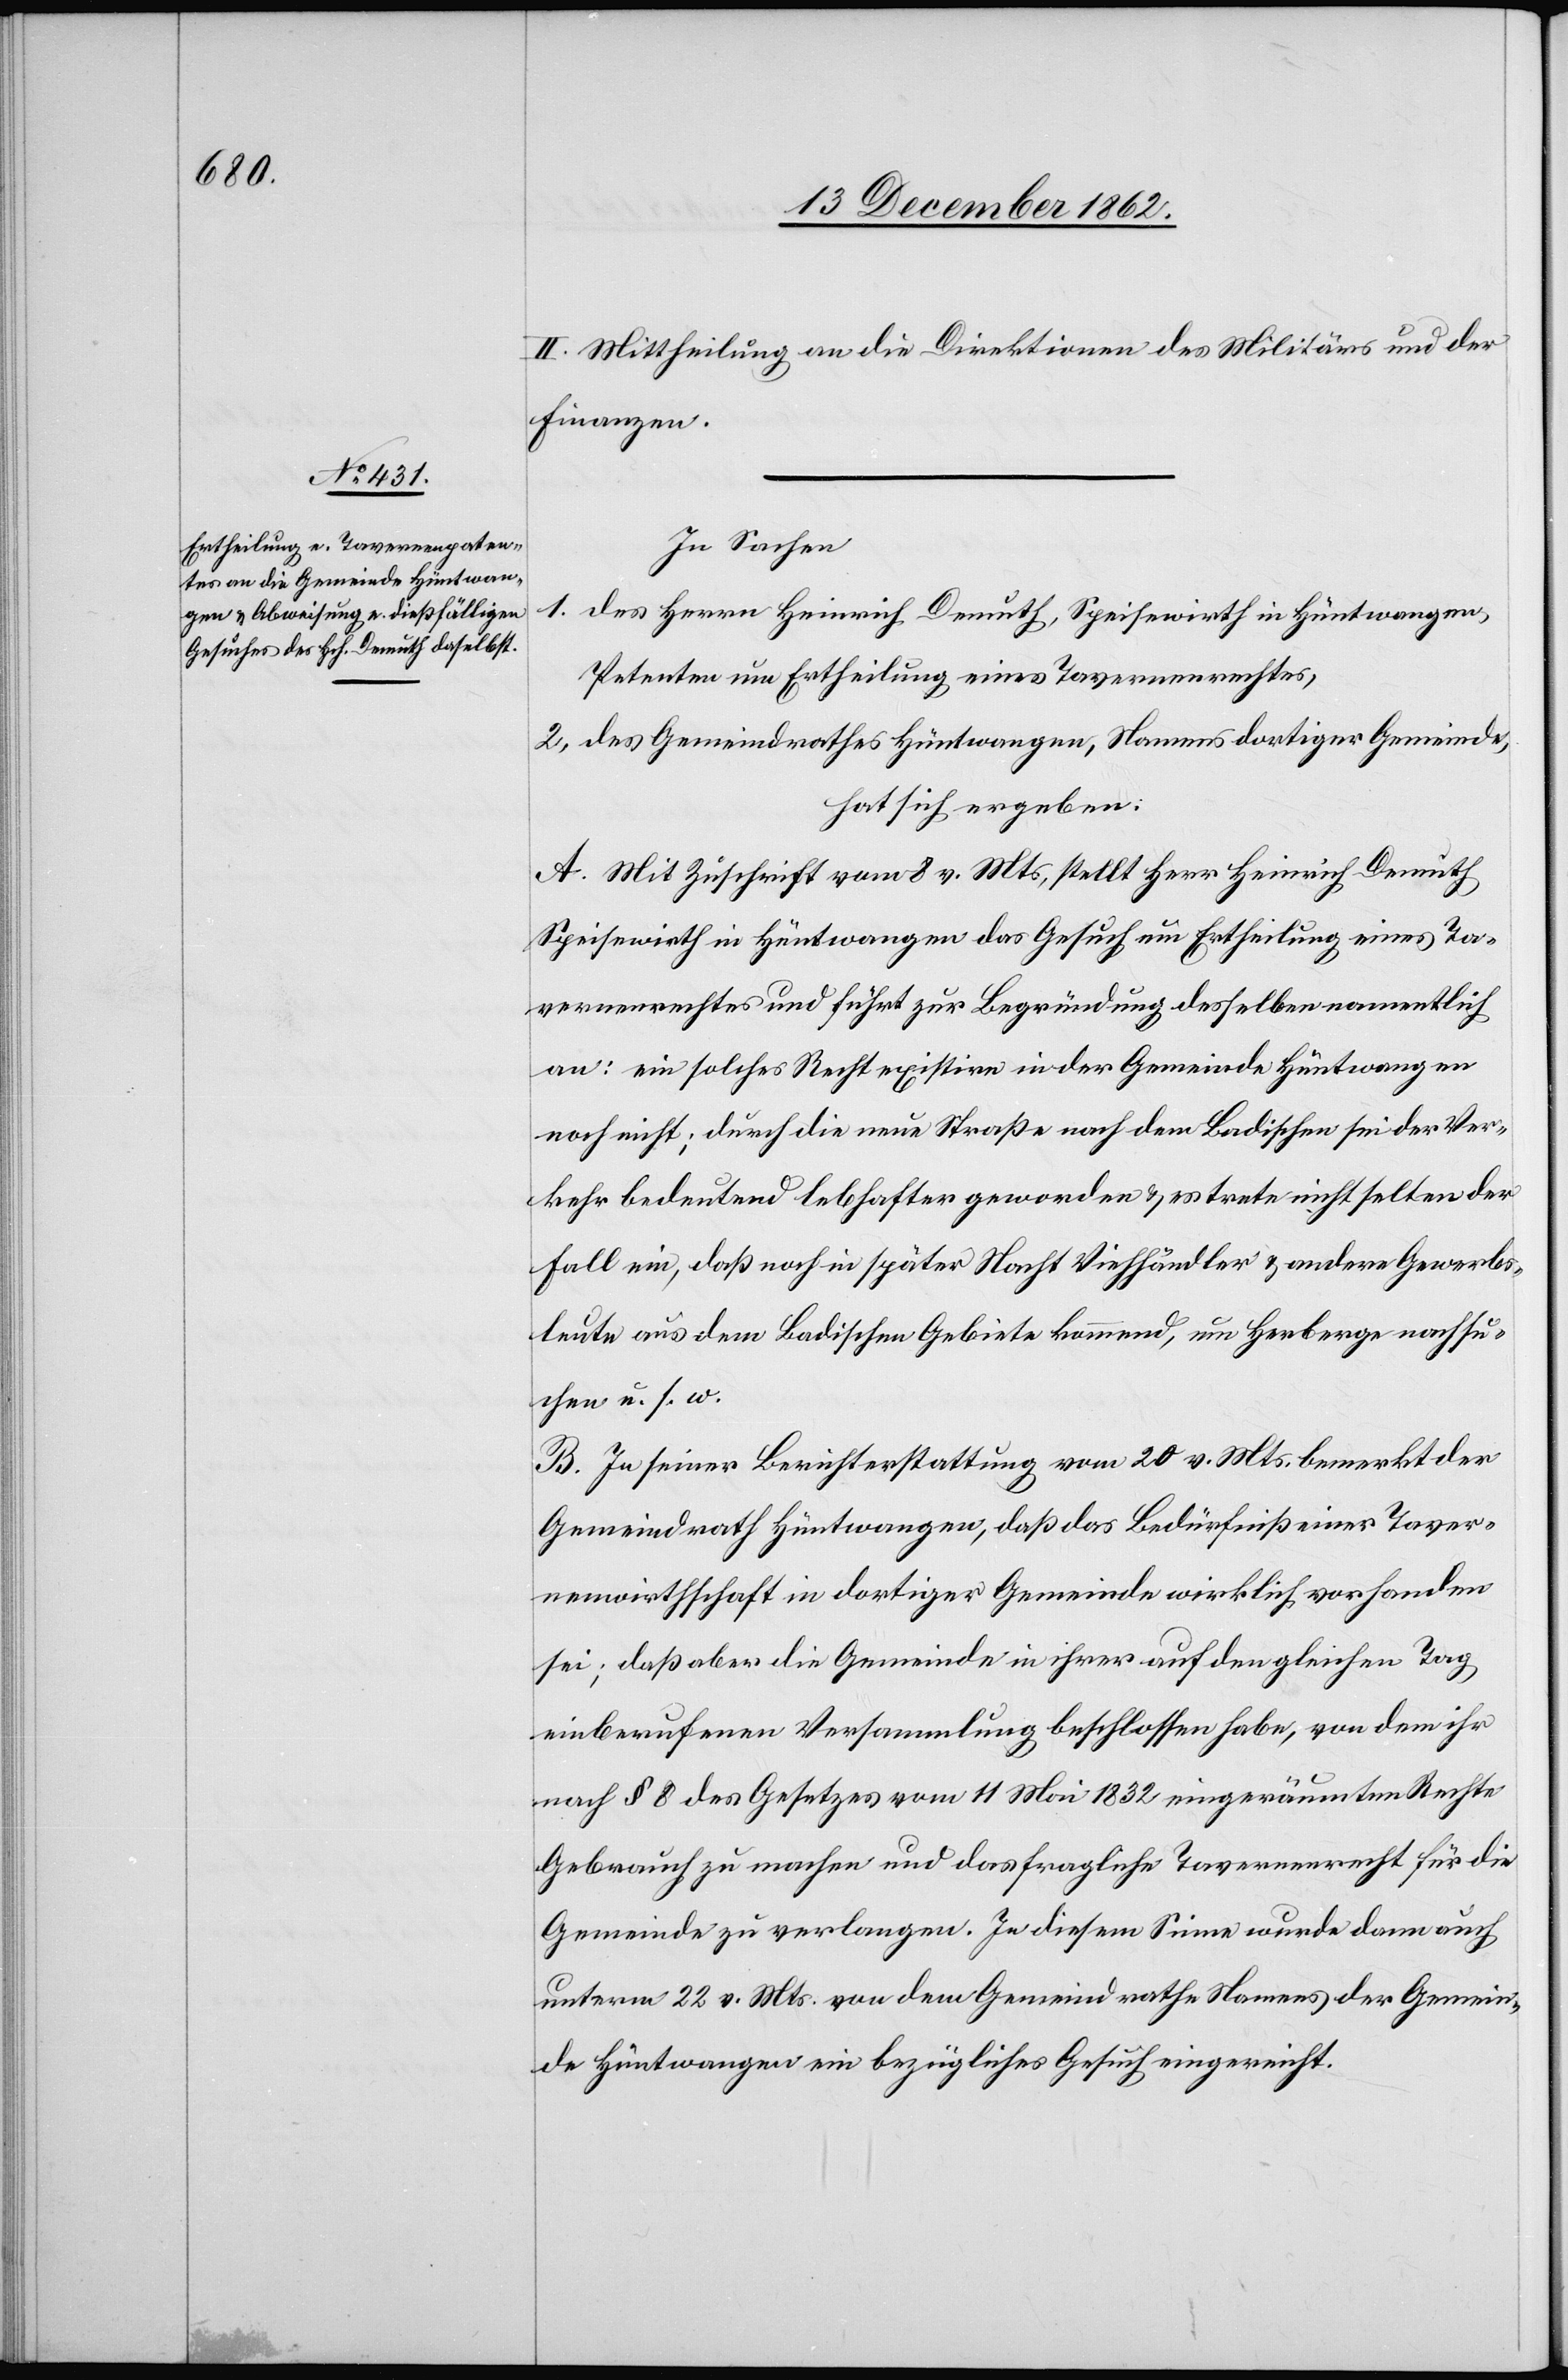
II. Mittheilung an die Direktion des Militärs und der
Finanzen.
In Sachen
1. des Herrn Heinrich Demuth, Speisewirth in Hüntwangen,
Petenten um Ertheilung eines Tavernenrechtes,
2. des Gemeindrathes Hüntwangen, Namens dortiger Gemeinde,
hat sich ergeben:
A. Mit Zuschrift vom 8. v. Mts, stellt Herr Heinrich Demuth
Speisewirth in Hüntwangen das Gesuch um Ertheilung eines Ta¬
vernenrechtes und führt zur Begründung desselben namentlich
an: ein solches Recht existire in der Gemeinde Hüntwangen
noch nicht; durch die neue Straße nach dem Badischen sei der Ver¬
kehr bedeutend lebhafter geworden u. es trete nicht selten der
Fall ein, daß noch in später Nacht Viehhändler u. andere Gewerbs¬
leute aus dem Badischen Gebiete kommend, um Herberge nachsu¬
chen u. s. w.
B. In seiner Berichterstattung vom 20. v. Mts. bemerkt der
Gemeindrath Hüntwangen, daß das Bedürfniß einer Taver¬
nenwirtschaft in dortiger Gemeinde wirklich vorhanden
sei; daß aber die Gemeinde in ihrer auf den gleichen Tag
einberufenen Versammlung beschlossen habe, von dem ihr
nach § 8 des Gesetzes vom 11. Mai 1832 eingeräumten Rechte
Gebrauch zu machen und das fragliche Tavernenrecht für die
Gemeinde zu verlangen. In diesem Sinne wurde dann auch
unterm 22. v. Mts. von dem Gemeindrathe Namens der Gemein¬
de Hüntwangen ein bezügliches Gesuch eingereicht.